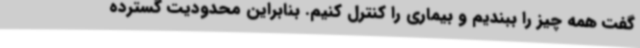
گفت همه چیز را ببندیم و بیماری را کنترل کنیم. بنابراین محدودیت گسترده